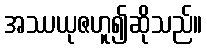
အဿယုဇဟူ၍ဆိုသည်။